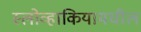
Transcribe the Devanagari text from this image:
स्लोव्हाकियामधील